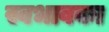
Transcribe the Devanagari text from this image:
स्वभावका